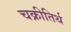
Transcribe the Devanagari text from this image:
चक्रीतिर्थ